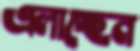
এলাচ্ছেন